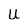
Character: U